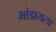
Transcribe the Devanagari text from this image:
भांडायला